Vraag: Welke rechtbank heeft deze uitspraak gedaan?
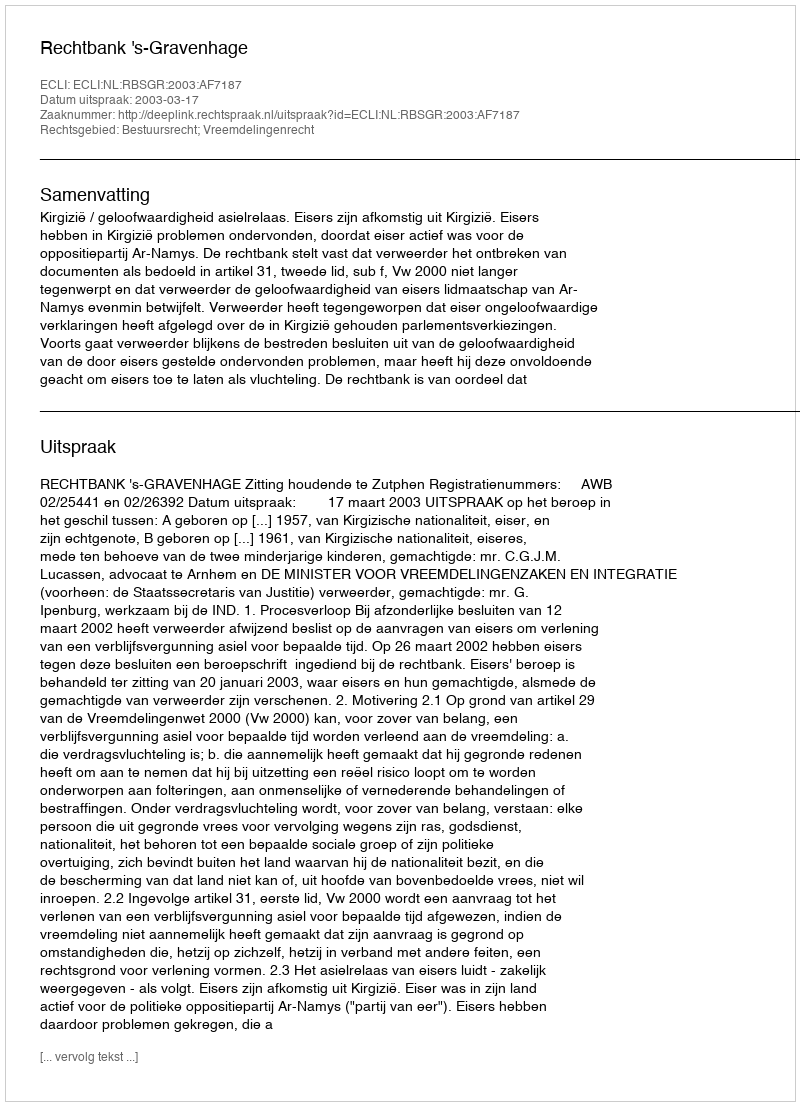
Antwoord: Rechtbank 's-Gravenhage